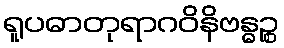
ရူပဓာတုရာဂဝိနိဗန္ဓဉ္စ